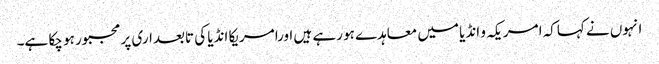
انہوں نے کہاکہ امریکہ و انڈیا میں معاہدے ہو رہے ہیں اورامریکا انڈیا کی تابعداری پر مجبور ہو چکا ہے۔